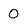
Character: O